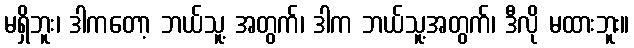
မရှိဘူး၊ ဒါကတော့ ဘယ်သူ့ အတွက်၊ ဒါက ဘယ်သူ့အတွက်၊ ဒီလို မထားဘူး။